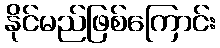
နိုင်မည်ဖြစ်ကြောင်း